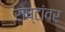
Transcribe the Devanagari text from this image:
राष्टांवर